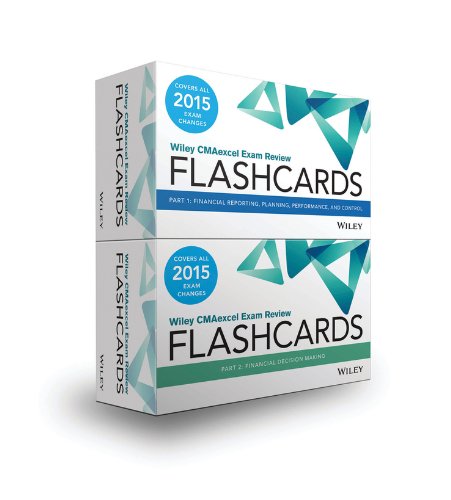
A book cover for Wiley CMAexcelExam Review 2015 Flashcards: CMA Exam Review Complete Set (Wiley CMA Learning System); Wiley; Test Preparation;